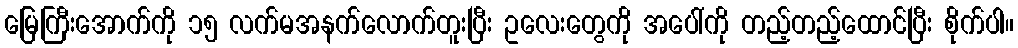
မြေကြီးအောက်ကို ၁၅ လက်မအနက်လောက်တူးပြီး ဥလေးတွေကို အပေါ်ကို တည့်တည့်ထောင်ပြီး စိုက်ပါ။